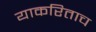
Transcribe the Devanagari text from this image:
याकरिताच